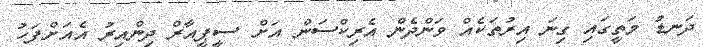
ދަނޑު މަތީގައި ގިނަ އިރުތަކެއް ވަންދެން އެރިކްސަން އަށް ސީޕީއާރް ދިންއިރު އެއަށްފަހު